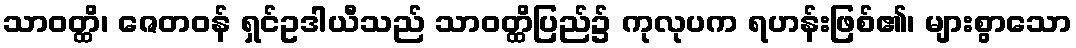
သာဝတ္ထိ၊ ဇေတဝန် ရှင်ဥဒါယီသည် သာဝတ္ထိပြည်၌ ကုလုပက ရဟန်းဖြစ်၏၊ များစွာသော